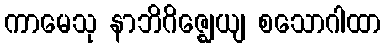
ကာမေသု နာဘိဂိဇ္ဈေယျ စသောဂါထာ